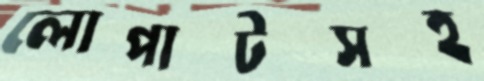
লোপাটসহ